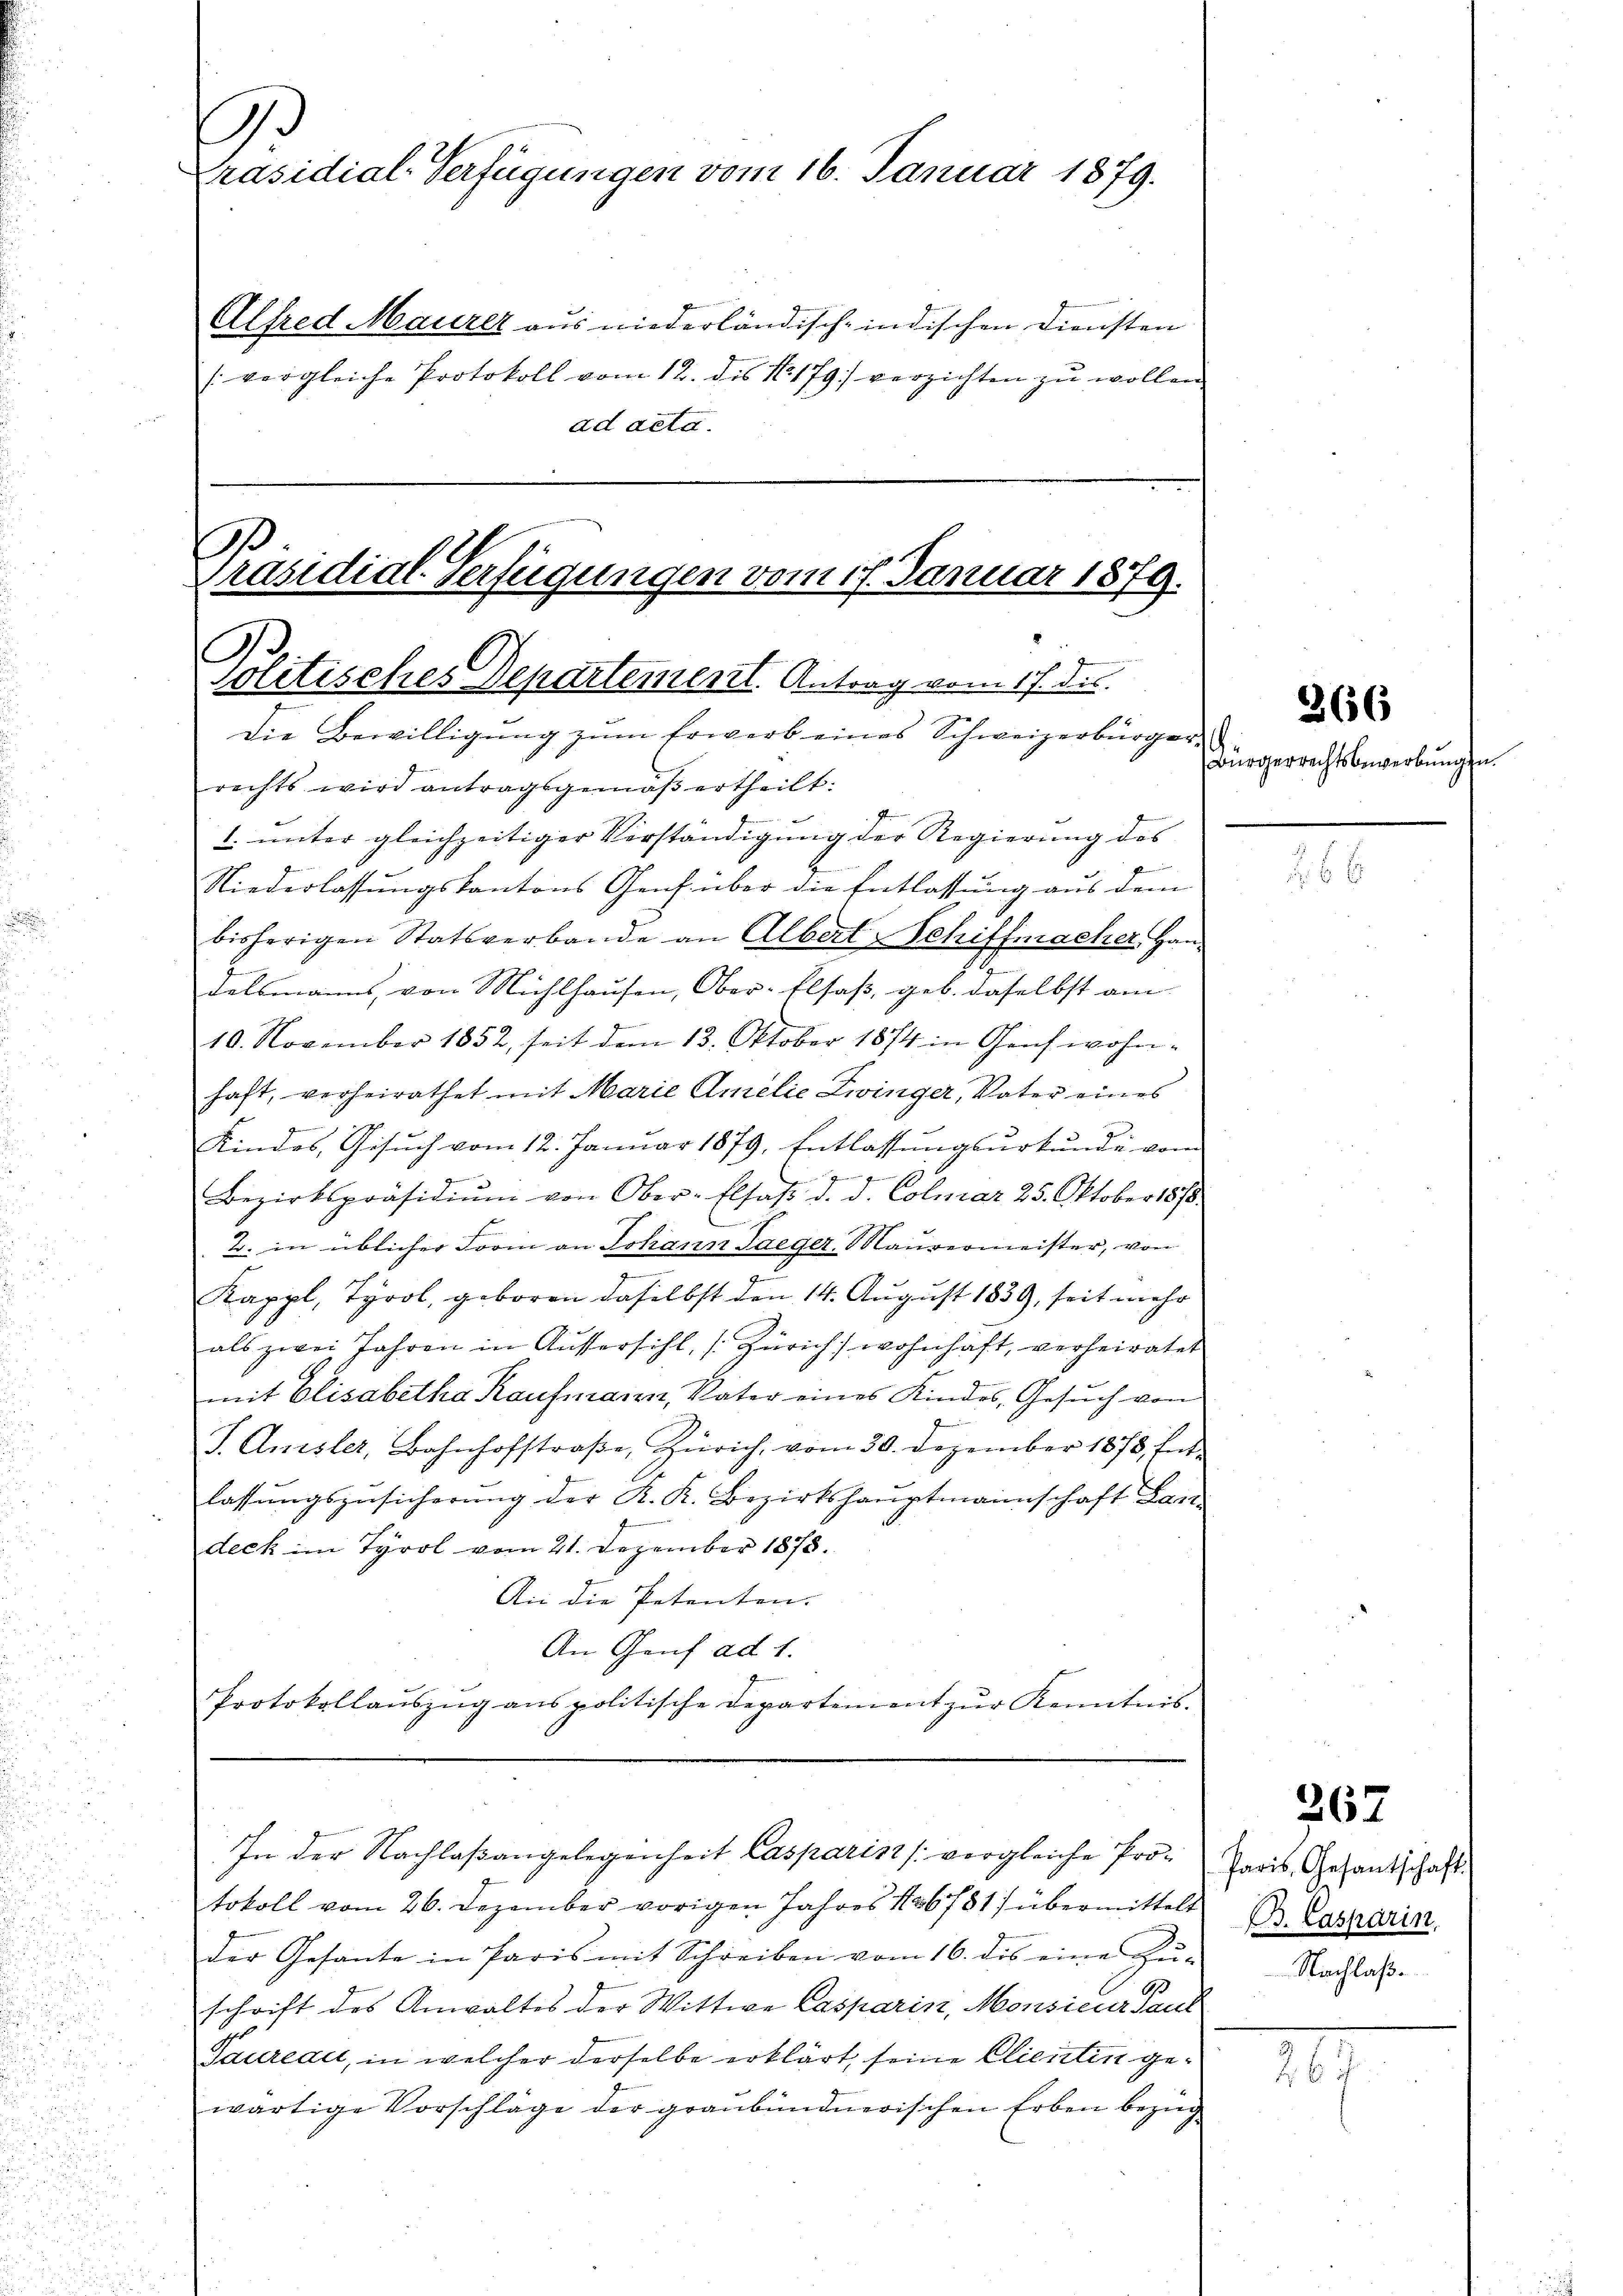
u

.

.
Präsidial-Verfügungen vom 16. Januar 1879.
Alfred Maurer aus niederländisch-indischen Diensten
(vergleiche Protokoll vom 12. des No. 179) verzichten zu wollen
ad acta.

rechts wird antragsgemäβ ertheilt:
1. unter gleichzeitiger Vorständigung der Regierung des
f
Niederlassungskantons Genf über die Entlassung aus dem
bisherigen Statsverbande an Albert-Schiffmacher Han¬
E
delsmanns von Mühlhausen, Ober-Elsaß, geb. daselbst am
10. November 1852, seit dem 13. Oktober 1874 in Genf wohn-
haft, verheirathet mit Marie Amelić Zwinger, Vater eines
Kindes, Gesŭch vom 12. Janŭar 1879, Entlassŭngsŭrkŭnde vom
e

¬
Bezirkspräsidiŭm von Ober-Elsass d. d. Colmar 25. Oktober 1878.
2. in üblicher Form an Johann Taeger, Maurermeister, von

Kappl, Tyrol, geboren daselbst den 14. August 1839, seit mehr
als zwei Jahren in Aussersihl, Zürich) wohnhaft, verheiratet
mit Elisabetha Kaufmann, Vater eines Kindes, Gesŭch von
J. Anisler, Bahnhofstraβe, Zürich, vom 30. Dezember 1873, Ent-
lassŭngszusicherung der K. K. Bezirkshauptmannschaft Lan-
deck im Tyrol vom 21. Dezember 1878.
An die Petenten.
An Genf ad 1.
Protokollauszug aus politische Departement zur Kenntnis.

der Gesante in Paris mit Schreiben vom 16. des eine Zu-
schrift des Anwaltes der Wittwe Casparin, Monsieur Paul
Taureau, in welcher derselbe erklärt, seine Clientin gewärtige Vorschläge der graubündnerischen Erben bezug

.
Präsidial-Verfügungen vom 17. Januar 1879.
.
Jolitisches Departement. Antrag vom 17. ds.
Die Bewilligŭng zŭm Erwerb eines Schweizerbürger

In der Nachlaßangelegenheit Casparist (vergleiche Protokoll vom 26. Dezember vorigen Jahres 16781) übermittelt Dr. Casparin

Bürgerrechtsbewerbungen.

2656

268

367

Paris, Gesantschaft.
Nachlaß

107